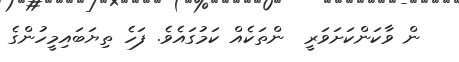
ން ވާކަންކަށަވަރީ  ންތަކެއް ކަމުގައެވެ. ފަހެ ތިޔަބައިމީހުންގެ